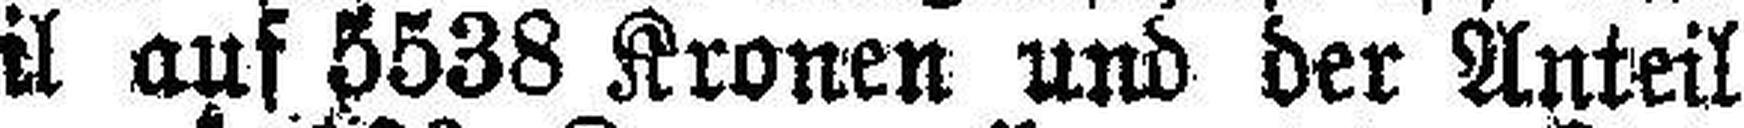
###war der Hausanteil auf 5538 Kronen und der Anteil